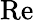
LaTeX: \textrm{Re}